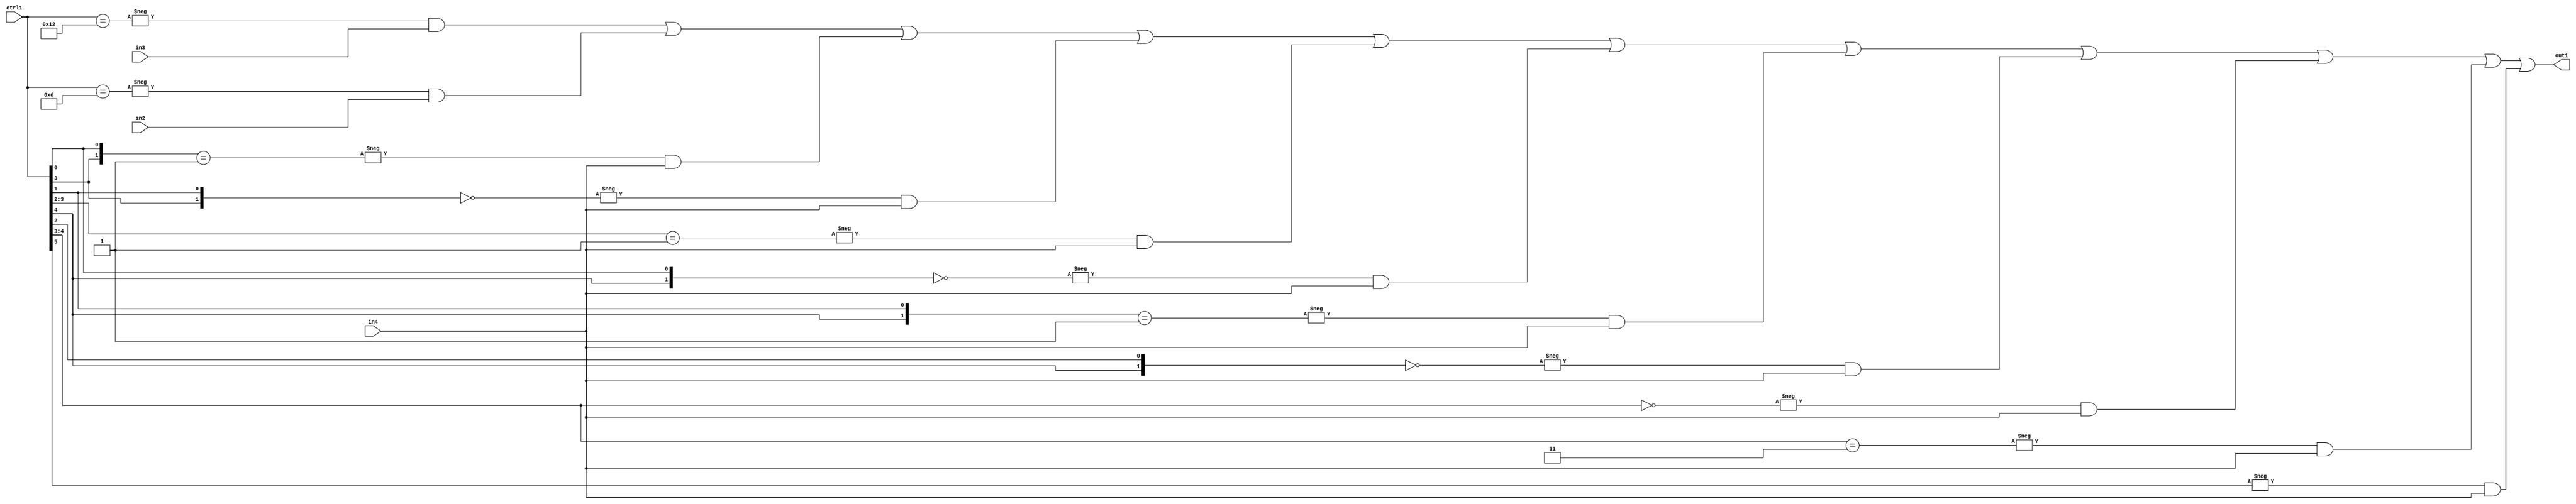
`timescale 1ps / 1ps
/*****************************************************************************
    Verilog RTL Description
    
    
    Created by: Stratus DpOpt 21.05.01 
*******************************************************************************/

module SobelFilter_N_Mux_32_3_82_4 (
	in4,
	in3,
	in2,
	ctrl1,
	out1
	); /* architecture "behavioural" */ 
input [31:0] in4;
input [8:0] in3,
	in2;
input [5:0] ctrl1;
output [31:0] out1;
wire [31:0] asc001;

assign asc001 = 
	-{ctrl1 == 6'B010010} & in3 |
	-{ctrl1 == 6'B001101} & in2 |
	-{{ctrl1[3], ctrl1[0]} == 2'B01} & in4 |
	-{{ctrl1[3], ctrl1[1]} == 2'B00} & in4 |
	-{ctrl1[3:2] == 2'B01} & in4 |
	-{{ctrl1[4], ctrl1[0]} == 2'B00} & in4 |
	-{{ctrl1[4], ctrl1[1]} == 2'B01} & in4 |
	-{{ctrl1[4], ctrl1[2]} == 2'B00} & in4 |
	-{ctrl1[4:3] == 2'B00} & in4 |
	-{ctrl1[4:3] == 2'B11} & in4 |
	-{ctrl1[5] == 1'B1} & in4 ;

assign out1 = asc001;
endmodule

/* CADENCE  vbP2Qg8= : u9/ySxbfrwZIxEzHVQQV8Q== ** DO NOT EDIT THIS LINE ******/